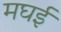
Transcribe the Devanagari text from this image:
मघई